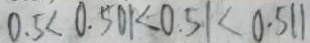
0 . 5 < 0 . 5 0 1 < 0 . 5 1 < 0 . 5 1 1